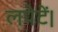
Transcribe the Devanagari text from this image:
लपेटें।